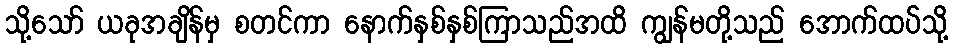
သို့သော် ယခုအချိန်မှ စတင်ကာ နောက်နှစ်နှစ်ကြာသည်အထိ ကျွန်မတို့သည် အောက်ထပ်သို့